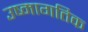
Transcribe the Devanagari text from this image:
उष्मागतिक